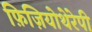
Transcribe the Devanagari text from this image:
फ़िज़ियोथेरेपी